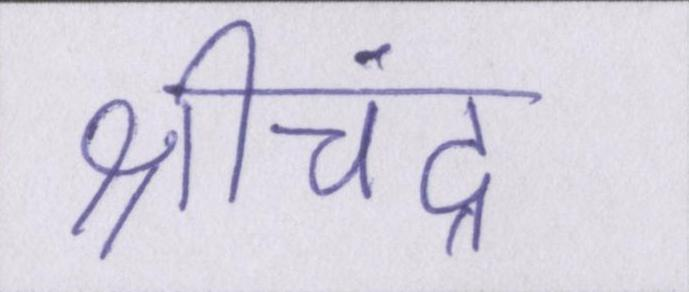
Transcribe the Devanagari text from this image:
श्रीचंद्र